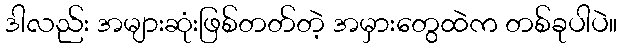
ဒါလည်း အများဆုံးဖြစ်တတ်တဲ့ အမှားတွေထဲက တစ်ခုပါပဲ။